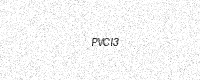
Text: PVCI3